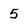
Character: 5